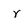
Character: r